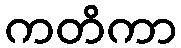
ကတိကာ